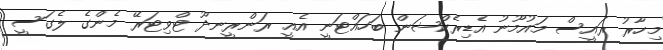
މިހާރު ރައީސް މައުމޫނު އެޑިރެކްޝަން ބަހައްޓަނީ އެއީ ރަންރީނދޫ ޓްވިޓަރޭ މެންގެ ލެގަސީ